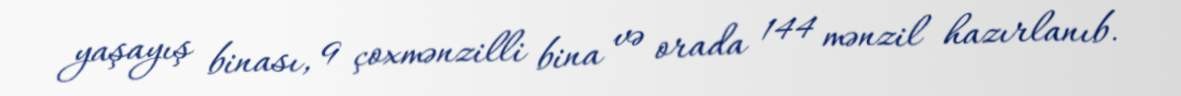
yaşayış binası, 9 çoxmənzilli bina və orada 144 mənzil hazırlanıb.